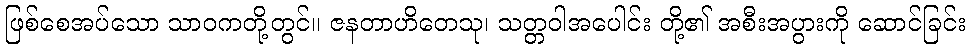
ဖြစ်စေအပ်သော သာဝကတို့တွင်။ ဇနတာဟိတေသု၊ သတ္တဝါအပေါင်း တို့၏ အစီးအပွားကို ဆောင်ခြင်း